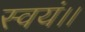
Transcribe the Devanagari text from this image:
स्वयं।।